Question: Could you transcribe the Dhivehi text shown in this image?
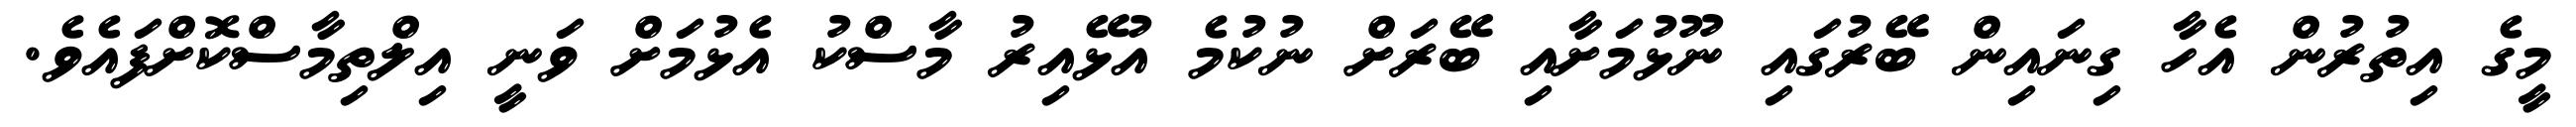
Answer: މީގެ އިތުރުން އެހާ ގިނައިން ބޭރުގައި ނޫޅުމަށާއި ބޭރަށް ނުކުމެ އުޅޭއިރު މާސްކު އެޅުމަށް ވަނީ އިލްތިމާސްކޮށްފައެވެ.